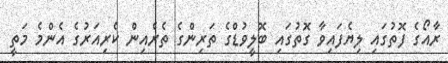
ރާއޯގެ ފޮތުގައި ލިޔެފައިވާ ގޮތުގައި ބޮލީވުޑްގެ ތަރިންގެ ތެރެއިން ކެރިއަރުގެ އެންމެ މަތީ